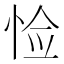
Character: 𪫺